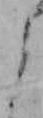
よ